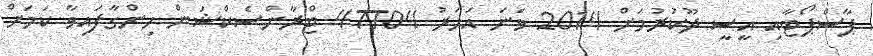
ޕާސްޕޯޓާއި އީސީ ދޫކުރުމަށް 2014 ވަނަ އަހަރު 47704 ޓްރާންސެކްޝަން ހިންގާފައިވާ ކަމަށް